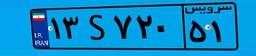
۱۳S۷۲۰۵۱